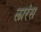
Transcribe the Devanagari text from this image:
लारंस